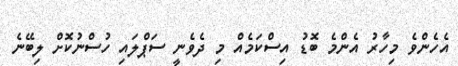
އެހެންވެ މިހާރު އެންމެ ބޮޑު އިސްކަމެއް މި ދެވެނީ ސަޕްލައި ހުސްނުކޮށް ލިބޭނެ